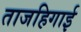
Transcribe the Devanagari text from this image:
ताजहिगाई